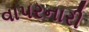
વાપરનારી